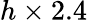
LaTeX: h\times 2.4